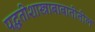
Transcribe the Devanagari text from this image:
पद्धतीशास्त्राबाबातीतील